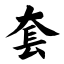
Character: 套